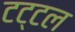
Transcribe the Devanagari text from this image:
टट्टल